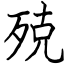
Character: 殑